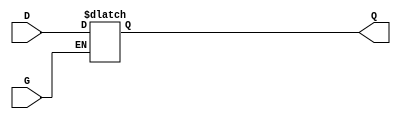
module gated_transparent_latch (
    input wire D,      // Data Input
    input wire G,      // Enable Signal
    output reg Q       // Output
);

// Always block to model the latch behavior
always @ (G or D) begin
    if (G) begin
        // When G is HIGH, output follows the input
        Q <= D;
    end
    // When G is LOW, Q retains its previous value
end

endmodule